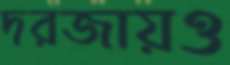
দরজায়ও